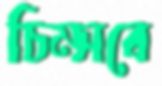
চিম্‌সবে